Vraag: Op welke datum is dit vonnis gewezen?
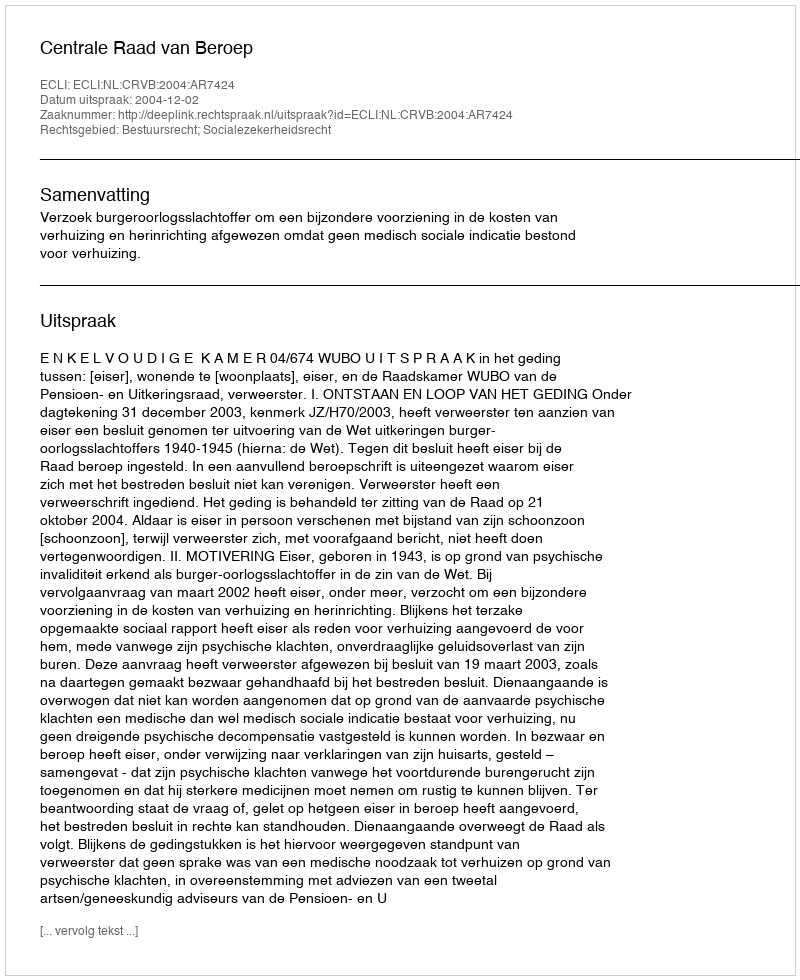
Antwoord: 2004-12-02